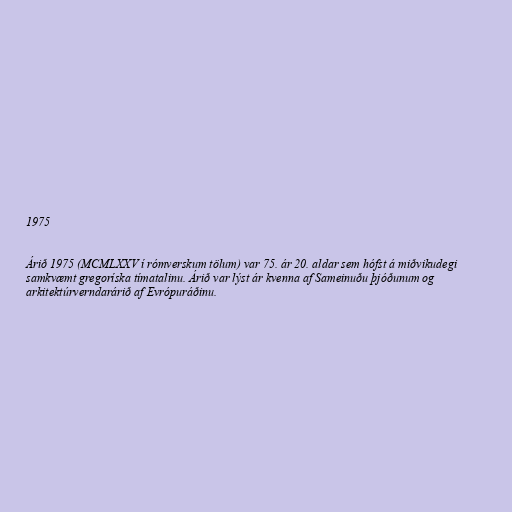
1975

Árið 1975 (MCMLXXV í rómverskum tölum) var 75. ár 20. aldar sem hófst á miðvikudegi
samkvæmt gregoríska tímatalinu. Árið var lýst ár kvenna af Sameinuðu þjóðunum og
arkitektúrverndarárið af Evrópuráðinu.